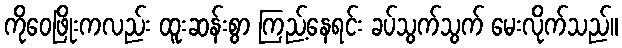
ကိုဝေဖြိုးကလည်း ထူးဆန်းစွာ ကြည့်နေရင်း ခပ်သွက်သွက် မေးလိုက်သည်။